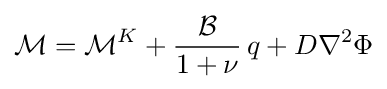
{\mathcal {M}}={\mathcal {M}}^{K}+{\frac {\mathcal {B}}{1+\nu }}\,q+D\nabla ^{2}\Phi